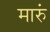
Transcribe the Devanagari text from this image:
मारुं